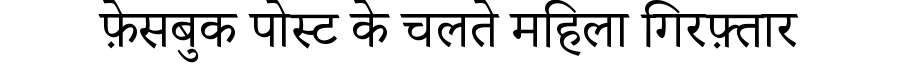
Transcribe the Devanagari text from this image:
फ़ेसबुक पोस्ट के चलते महिला गिरफ़्तार